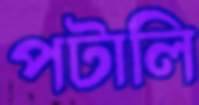
পটালি